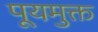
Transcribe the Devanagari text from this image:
पूयमुक्त